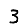
Digit: 3